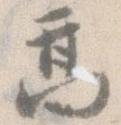
高